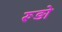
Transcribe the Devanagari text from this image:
रूड़ो